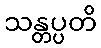
သန္တပ္ပတိ